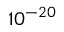
1 0 ^ { - 2 0 }